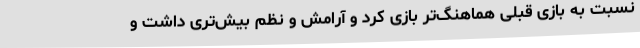
نسبت به بازی قبلی هماهنگ‌تر بازی کرد و آرامش و نظم بیش‌تری داشت و